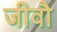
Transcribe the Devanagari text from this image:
जीवौ